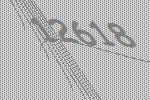
12618